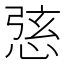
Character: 𢛆